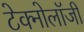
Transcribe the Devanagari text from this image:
टेक्नोलाॅजी